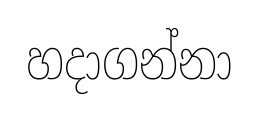
හදාගන්නා